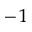
^ { - 1 }